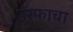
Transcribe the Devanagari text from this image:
तरफाचा